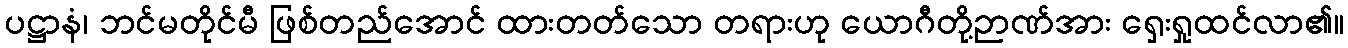
ပဋ္ဌာနံ၊ ဘင်မတိုင်မီ ဖြစ်တည်အောင် ထားတတ်သော တရားဟု ယောဂီတို့ဉာဏ်အား ရှေးရှုထင်လာ၏။